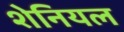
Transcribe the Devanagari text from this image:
शेनियल